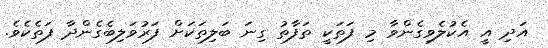
އަދި އީ އެކުލެވިގެންވާ މި ފަތަކީ ތަފާތު ގިނަ ބަލިތަކަށް ފަރުވަލިބެގެންދާ ފަތެކެވެ.